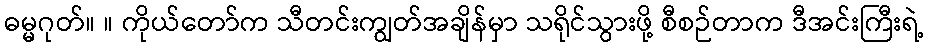
ဓမ္မဂုတ်။ ။ ကိုယ်တော်က သီတင်းကျွတ်အချိန်မှာ သရိုင်သွားဖို့ စီစဉ်တာက ဒီအင်းကြီးရဲ့